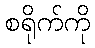
စရိုက်ကို